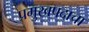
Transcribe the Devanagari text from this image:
प्रमुखपदाचा